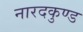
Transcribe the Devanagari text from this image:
नारदकुण्ड